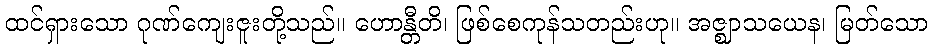
ထင်ရှားသော ဂုဏ်ကျေးဇူးတို့သည်။ ဟောန္တီတိ၊ ဖြစ်စေကုန်သတည်းဟု။ အဇ္ဈာသယေန၊ မြတ်သော